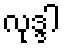
လုဒ္ဒါ